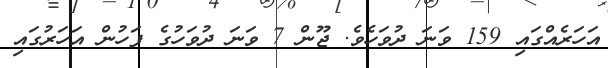
އަހަރެއްގައި 159 ވަނަ ދުވަހެވެ. ޖޫން 7 ވަނަ ދުވަހުގެ ފަހުން އަހަރުގައި